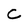
Character: C